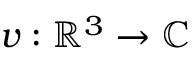
v : \mathbb { R } ^ { 3 } \rightarrow \mathbb { C }